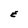
Character: E